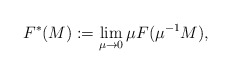
\begin{align*}F^*(M):=\lim_{\mu\to 0}\mu F(\mu^{-1}M),\end{align*}